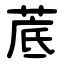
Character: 菧